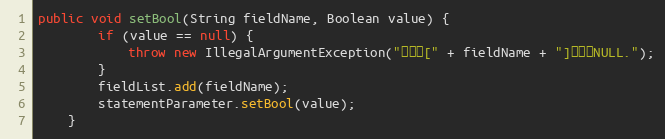
Language: Java
public void setBool(String fieldName, Boolean value) {
		if (value == null) {
			throw new IllegalArgumentException("参数值[" + fieldName + "]不能为NULL.");
		}
		fieldList.add(fieldName);
		statementParameter.setBool(value);
	}